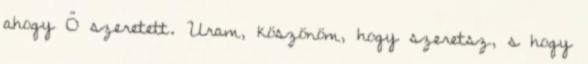
ahogy Ő szeretett. Uram, köszönöm, hogy szeretsz, s hogy